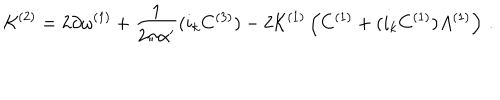
{ \cal K } ^ { ( 2 ) } = 2 \partial \omega ^ { ( 1 ) } + { \frac { 1 } { 2 \pi \alpha ^ { \prime } } } ( i _ { k } C ^ { ( 3 ) } ) - 2 { \cal K } ^ { ( 1 ) } \left( C ^ { ( 1 ) } + ( i _ { k } C ^ { ( 1 ) } ) A ^ { ( 1 ) } \right) \, .